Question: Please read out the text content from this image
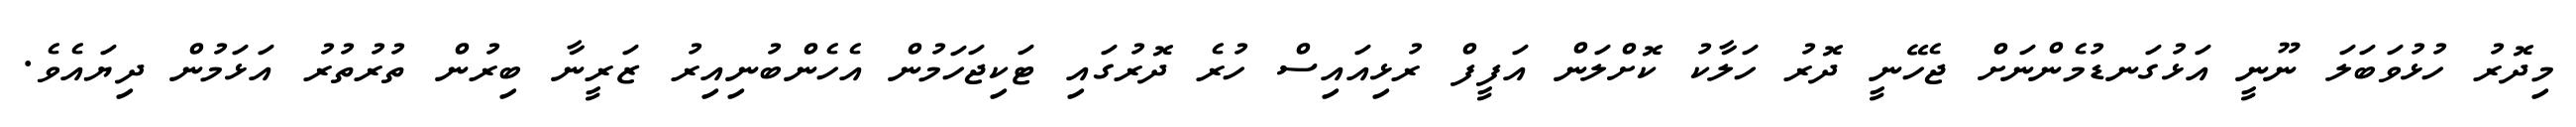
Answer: މިދޮރު ހުޅުވަބަލަ ނޫނީ އަޅުގަނޑުމެންނަށް ޖެހޭނީ ދޮރު ހަލާކު ކޮށްލަން އަފީފް ރުޅިއައިސް ހުރެ ދޮރުގައި ޓަކިޖަހަމުން އެހެންބުނިއިރު ޒަރީނާ ބިރުން ތުރުތުރު އަޅަމުން ދިޔައެވެ.